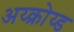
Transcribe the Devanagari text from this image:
अय्क्रोय्ड